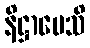
နိဋ္ဌာပေသိ